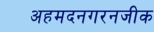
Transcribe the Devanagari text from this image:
अहमदनगरनजीक